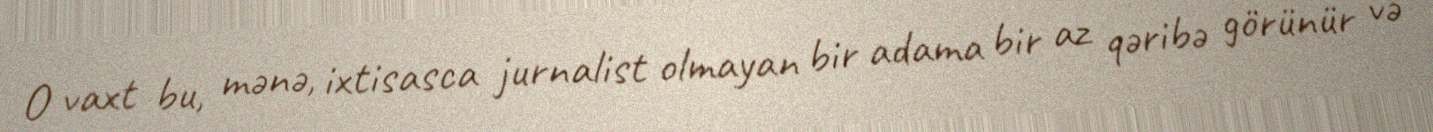
O vaxt bu, mənə, ixtisasca jurnalist olmayan bir adama bir az qəribə görünür və